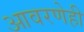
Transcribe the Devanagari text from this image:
आवरणेही